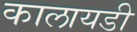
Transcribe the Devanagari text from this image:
कालायडी